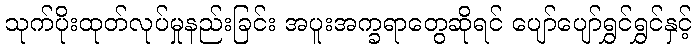
သုက်ပိုးထုတ်လုပ်မှုနည်းခြင်း အပူးအက္ခရာတွေဆိုရင် ပျော်ပျော်ရွှင်ရွှင်နှင့်